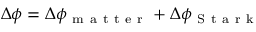
\Delta \phi = \Delta \phi _ { \mathrm { ~ m ~ a ~ t ~ t ~ e ~ r ~ } } + \Delta \phi _ { \mathrm { ~ S ~ t ~ a ~ r ~ k ~ } }